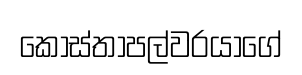
කොස්තාපල්වරයාගේ